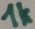
Text: 1k